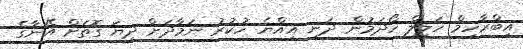
އިބްރާހިމް ހަލީލް ހޯދަމުން ދަނީ އިއްޔެ ހުކުރު ނަމާދަށް ދިޔަ ގޮތަށް އޭނާގެ